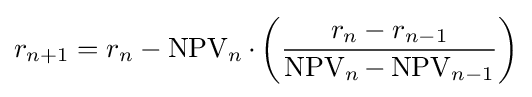
r_{n+1}=r_{n}-\operatorname {NPV} _{n}\cdot \left({\frac {r_{n}-r_{n-1}}{\operatorname {NPV} _{n}-\operatorname {NPV} _{n-1}}}\right)